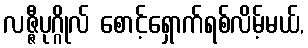
လဇ္ဇီပုဂ္ဂိုလ် စောင့်ရှောက်ရစ်လိမ့်မယ်,